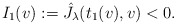
\begin{align*} I_1(v) := \hat J_\lambda(t_1(v),v) < 0.\end{align*}